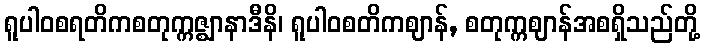
ရူပါဝစရတိကစတုက္ကဇ္ဈာနာဒီနိ၊ ရူပါဝစတိကဈာန်, စတုက္ကဈာန်အစရှိသည်တို့